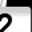
Digit: 2